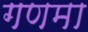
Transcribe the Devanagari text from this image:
गणमा